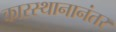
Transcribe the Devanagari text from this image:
कारस्थानानंतर